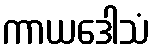
ကာယဒေါသံ